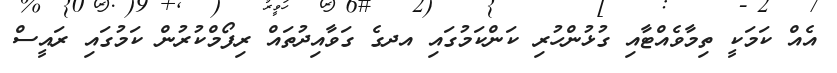
އެއް ކަމަކީ ތިމާވެއްޓާއި ގުޅުންހުރި ކަންކަމުގައި އދގެ ގަވާއިދުތައް ރިފޯމްކުރުން ކަމުގައި ރައީސް